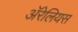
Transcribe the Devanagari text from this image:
ॲरेलियस